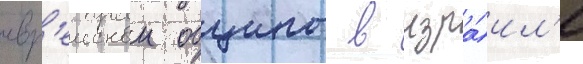
евр'еискои общины в изра́ил'е